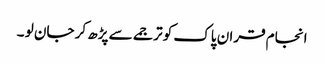
انجام قران پاک کو ترجمے سے پڑھ کر جان لو ۔